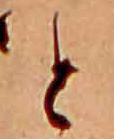
と